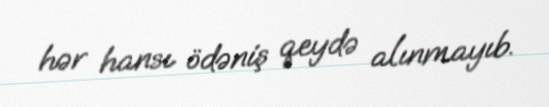
hər hansı ödəniş qeydə alınmayıb.